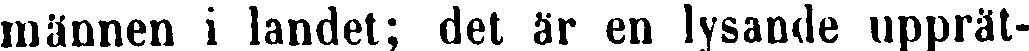
männen i landet; det är en lysande upprät-